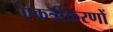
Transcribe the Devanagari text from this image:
एकत्रीकरणों